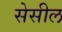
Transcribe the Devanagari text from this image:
सेसील